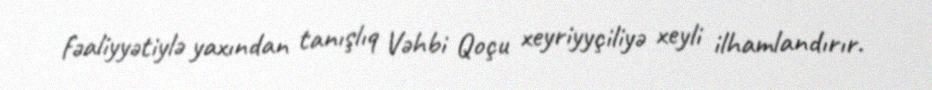
fəaliyyətiylə yaxından tanışlıq Vəhbi Qoçu xeyriyyçiliyə xeyli ilhamlandırır.